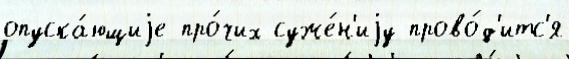
опуска́ющиjе про́чих суже́н'иjу прово́д'итс'я